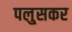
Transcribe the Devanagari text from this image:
पलु्सकर